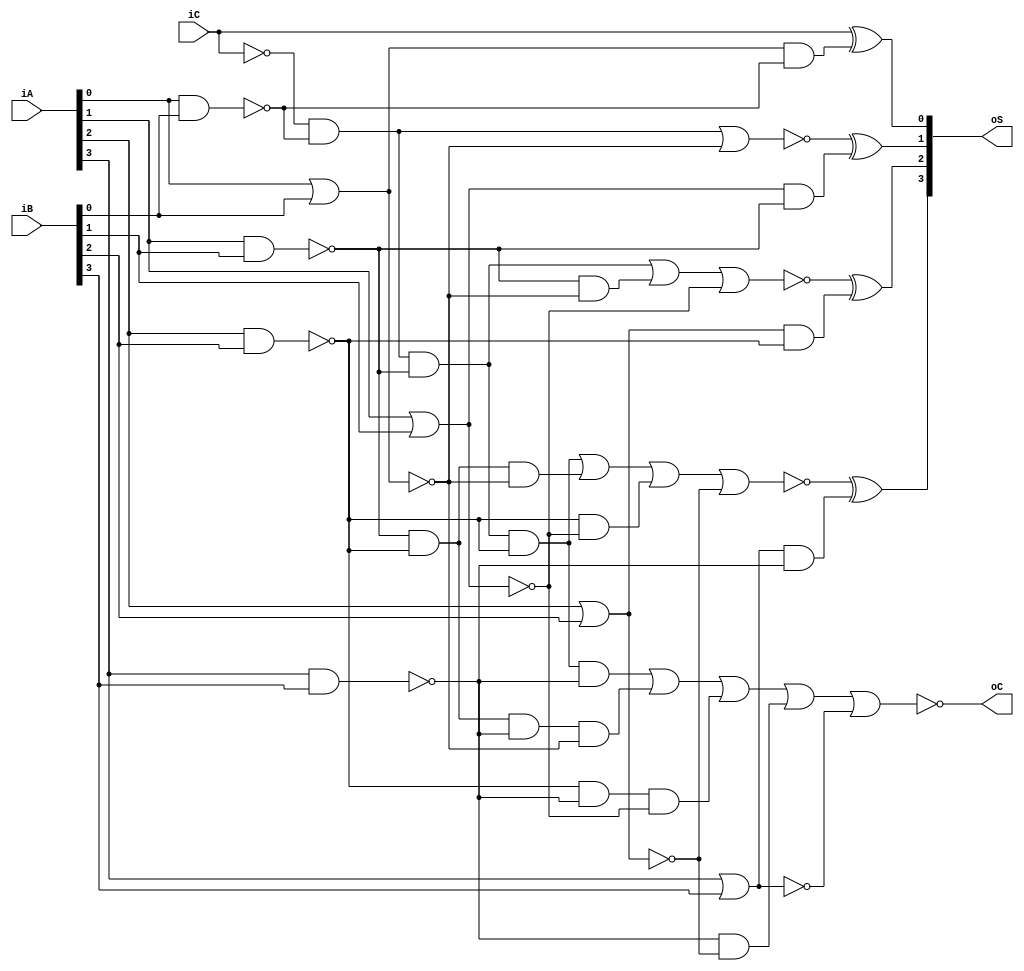
module cordic_floatingpoint_addsub_CLA_4bits (
	//	Inputs
	input	[3:0]	iA,
	input	[3:0]	iB,
	input			iC,
	
	//	Outputs
	output	[3:0]	oS,
	output			oC
);

wire	C_n;
wire	P1, P2, P3, P4;
wire	G1, G2, G3, G4;

assign C_n = ~iC;

assign P1 = ~(iA[0] | iB[0]);
assign P2 = ~(iA[1] | iB[1]);
assign P3 = ~(iA[2] | iB[2]);
assign P4 = ~(iA[3] | iB[3]);

assign G1 = ~(iA[0] & iB[0]);
assign G2 = ~(iA[1] & iB[1]);
assign G3 = ~(iA[2] & iB[2]);
assign G4 = ~(iA[3] & iB[3]);

assign oS[0] = iC ^ (~P1 & G1);
assign oS[1] = ~( (C_n & G1) | P1 ) ^ (~P2 & G2);
assign oS[2] = ~( (C_n & G1 & G2) | (G2 & P1) | P2 ) ^ (~P3 & G3);
assign oS[3] = ~( (C_n & G1 & G2 & G3) | (G2 & G3 & P1) | (G3 & P2) | P3 ) ^ (~P4 & G4);
assign oC = ~( (C_n & G1 & G2 & G3 & G4) | (G2 & G3 & G4 & P1) | (G3 & G4 & P2) | (G4 & P3) | P4 );

endmodule